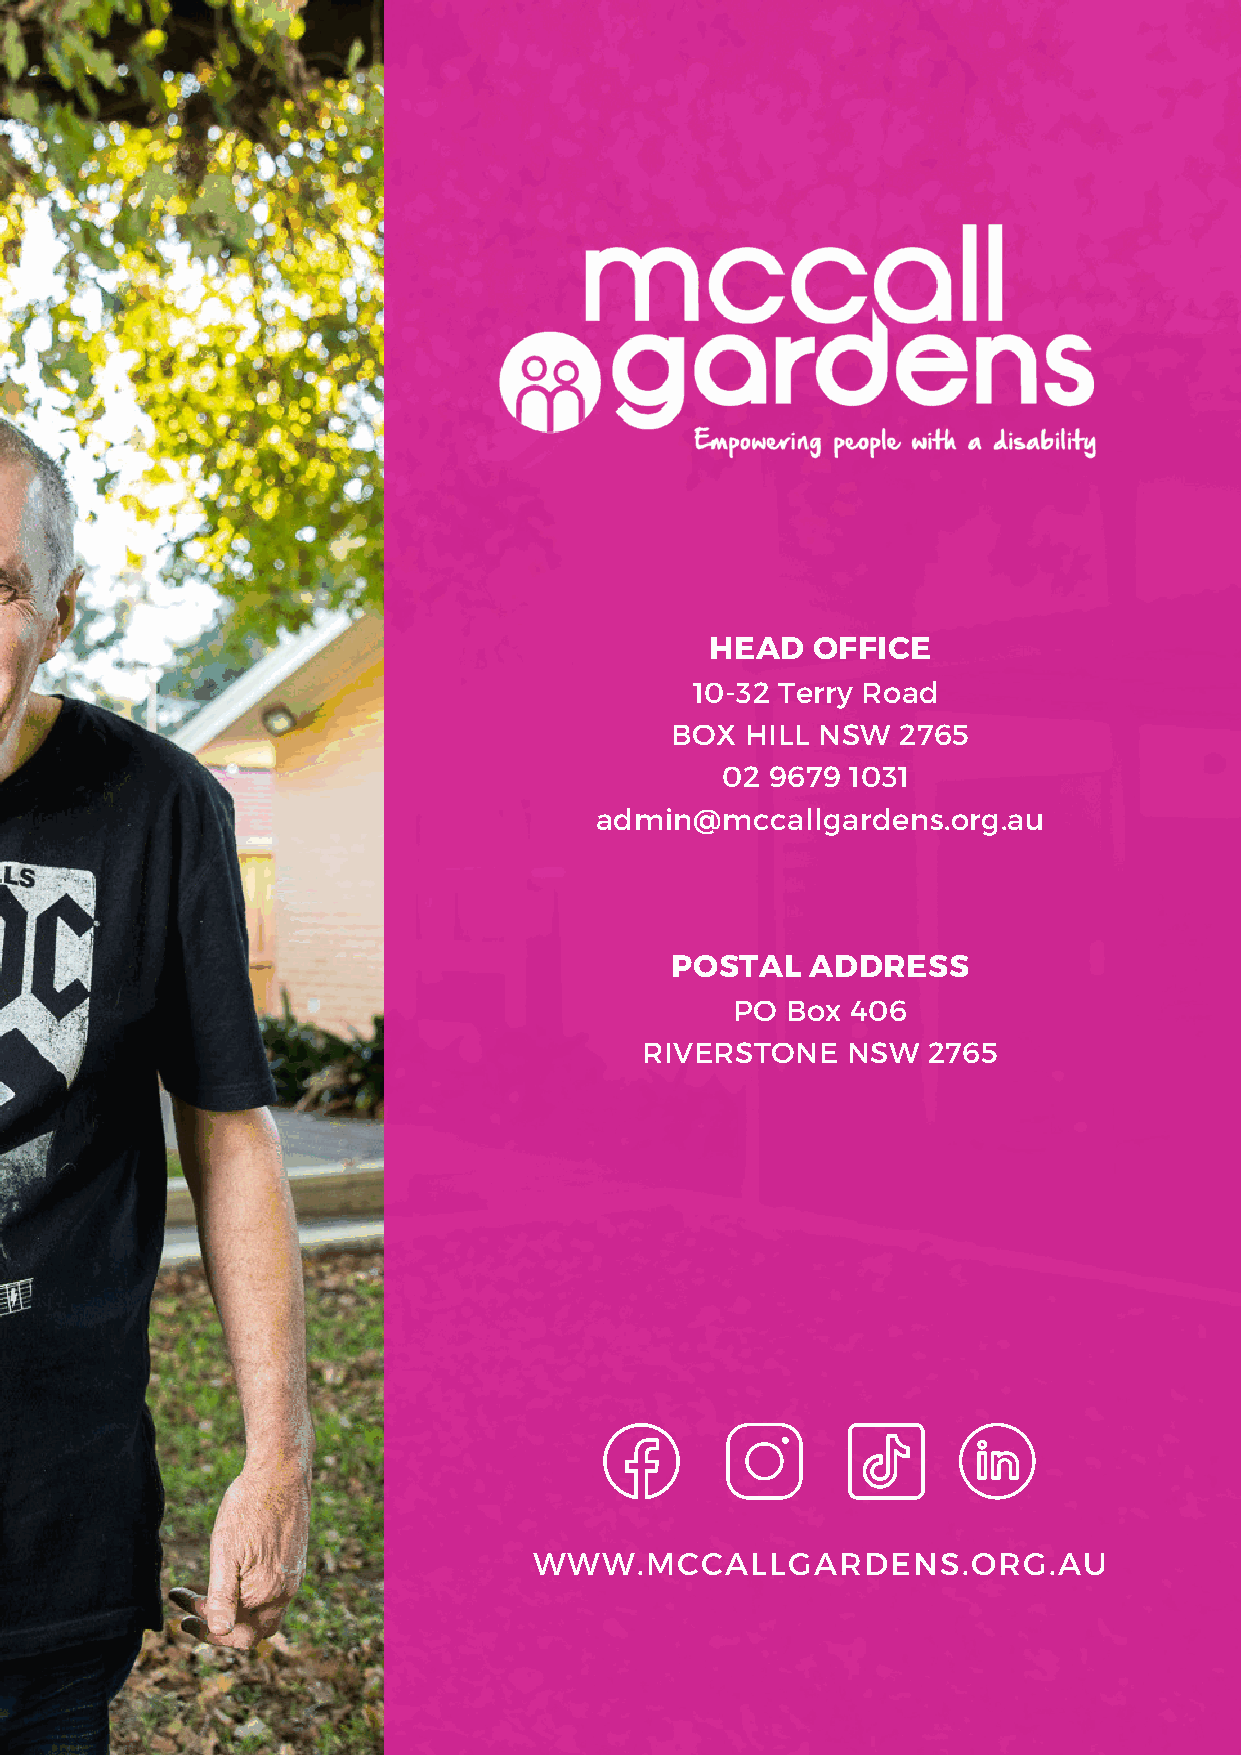
HEAD   OFFICE
 10-32 Terry Road
 BOX  HILL NSW  2765
 02 9679 1031
 admin@mccallgardens.org.au
 POSTAL    ADDRESS
 PO Box 406
 RIVERSTONE   NSW  2765
 WWW.MCCALLGARDENS.ORG.AU